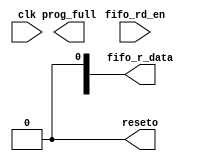
module fff(clk,fifo_rd_en,fifo_r_data,prog_full,reseto);
 input fifo_rd_en;
 input clk;
// input key;
 output reseto;
 output [31:0] fifo_r_data;
 output prog_full;
 
 reg [3:0] count;
 reg reseto;
 
 reg fifo_wr_en;
 reg [31:0] fifo_w_data;
 
 initial 
 begin
 reseto<=0;
 fifo_w_data<=32'h00000000;
 fifo_wr_en<=1'b0;
 count<=4'd0;
 
end
always @(posedge clk )
begin
if(count<4'd10)
 count<=count+1'b1;
 else
 count<=count;
 end
//always @(posedge clk )
//begin
//if(count==4'd10)
//begin
// en<=1 ;
//  reseto<=1 ;
//  end
// else
//reseto <= 0;
//end
//end
//always @(posedge clk )
//begin
// if(rd)
//  cout<=cout+32'h00000001;
// else
//  cout<=cout+32'h00000000;
//end



//дfifo
always @(negedge clk )
begin
  if (full==1'b0)             //fifoĻ
   begin
    fifo_wr_en<=1'b1;
	 fifo_w_data<=fifo_w_data+1'b1;
	end
  else
    fifo_wr_en<=1'b0;
end
	 
    



endmodule